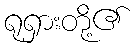
ရုရှားတို့၏